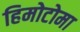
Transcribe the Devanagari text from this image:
हिमोटोमा